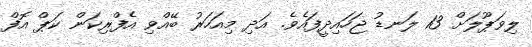
ލިވަޕޫލަށް 13 ލަނޑު ޖަހައިދީފައެވެ. އަދި މިއަހަރު ބޭއްވި އެފްރިކަން ކަޕް އޮފް